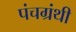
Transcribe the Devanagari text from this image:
पंचग्रंथी